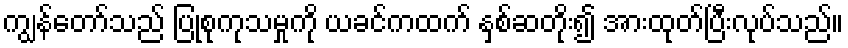
ကျွန်တော်သည် ပြုစုကုသမှုကို ယခင်ကထက် နှစ်ဆတိုး၍ အားထုတ်ပြီးလုပ်သည်။